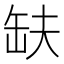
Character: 𮉱